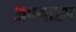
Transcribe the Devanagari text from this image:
अपमारग